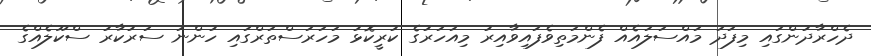
ދެހްރާދުންގައި މިފަދަ މައްސަލައެއް ފެންމަތިވެފައިވާއިރު މިއަހަރުގެ ކުރީކޮޅު މަހަރަސްތަރްގައި ހުންނަ ސަރުކާރު ސްކޫލެއްގެ